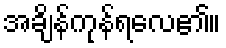
အချိန်ကုန်ရလေ၏။